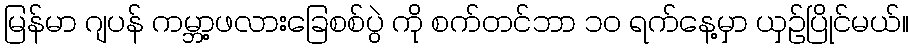
မြန်မာ ဂျပန် ကမ္ဘာ့ဖလားခြေစစ်ပွဲ ကို စက်တင်ဘာ ၁၀ ရက်နေ့မှာ ယှဉ်ပြိုင်မယ်။